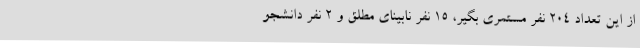
از این تعداد 204 نفر مستمری بگیر، 15 نفر نابینای مطلق و 2 نفر دانشجو